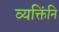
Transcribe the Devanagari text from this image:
व्यक्तिंनि